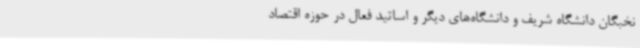
نخبگان دانشگاه شریف و دانشگاه‌های دیگر و اساتید فعال در حوزه اقتصاد